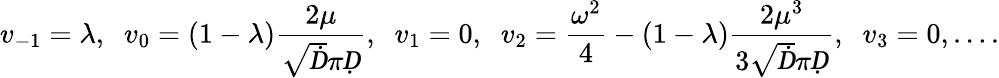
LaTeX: v_{-1}=\lambda,\; \; v_{0}=(1-\lambda)\frac{2\mu}{\sqrt Ḋ\pi Ḍ},\; \; v_{1}=0,\; \; v_{2}=\frac{\omega^{2}}{4}-(1-\lambda)\frac{2\mu^{3}}{3\sqrt Ḋ\pi Ḍ},\; \; v_{3}=0,\ldots.